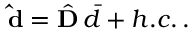
{ \bf { \hat { d } } } = { \hat { \bf D } } \, { \bar { d } } + h . c . \, .